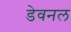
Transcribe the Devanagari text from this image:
डेवनल